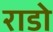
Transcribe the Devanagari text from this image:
राडो